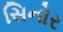
સિનોર